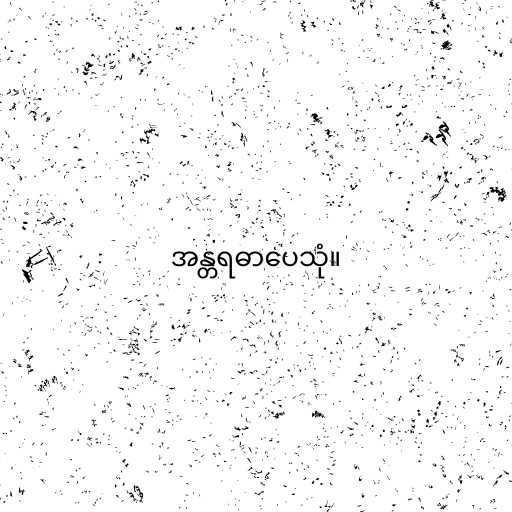
အန္တရဓာပေသုံ။